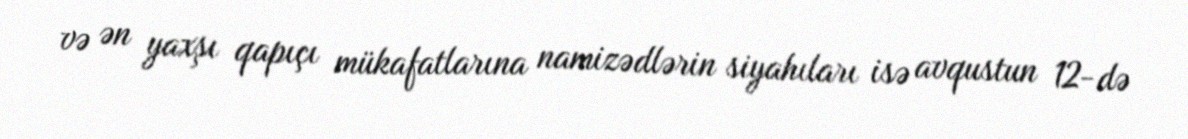
və ən yaxşı qapıçı mükafatlarına namizədlərin siyahıları isə avqustun 12-də